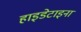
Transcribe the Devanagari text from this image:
हाइडेटाइना